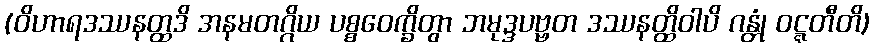
(ဝိဟာရဒဿနတ္ထဒိ အနမတဂ္ဂိယ ပစ္စဝေက္ခိတွာ ဘမုဒ္ဒပဗ္ဗတ ဒဿနတ္ထိဝါပိ ဂန္တုံ ဝဋ္ဋတီတိ)